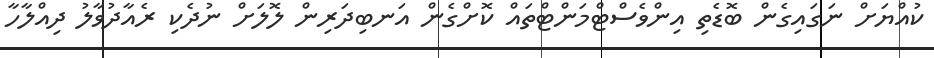
ކުއްޔަށް ނަގައިގެން ބޮޑެތި އިންވެސްޓްމަންޓްތައް ކޮށްގެން އަނބިދަރިން ލޮލަށް ނުދެކި ރެއާދުވާލު ދިއްލާހާ